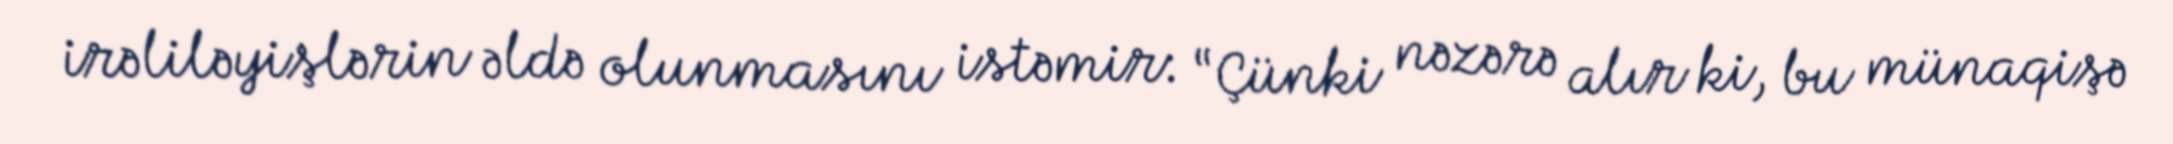
irəliləyişlərin əldə olunmasını istəmir: “Çünki nəzərə alır ki, bu münaqişə